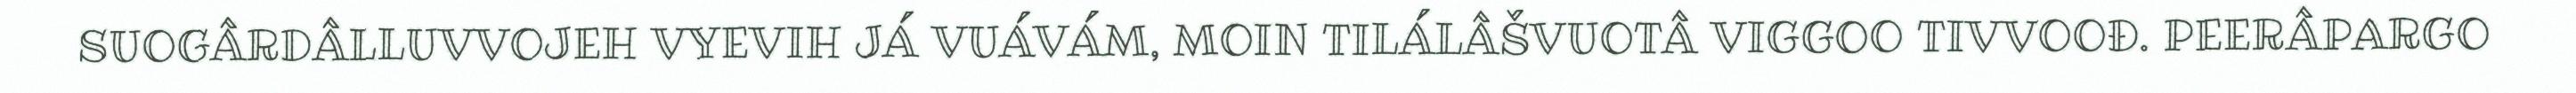
SUOGÂRDÂLLUVVOJEH VYEVIH JÁ VUÁVÁM, MOIN TILÁLÂŠVUOTÂ VIGGOO TIVVOOĐ. PEERÂPARGO